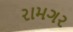
રામગર